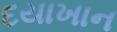
દયાખાન